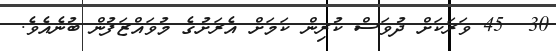
30  45 ވަރަކަށް ދުވަސް ކުރިން ކަމަށް އެރަށުގެ މުވައްޒަފުން ބުނެއެވެ.